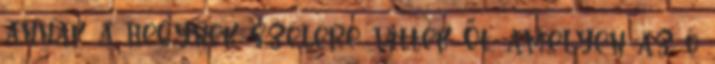
annak a hegynek szélére vitték Őt, amelyen az ő